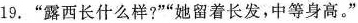
19.”露西长什么样?””她留着长发，中等身高。”